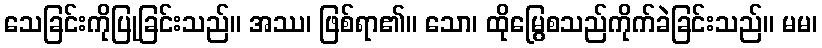
သေခြင်းကိုပြုခြင်းသည်။ အဿ၊ ဖြစ်ရာ၏။ သော၊ ထိုမြွေစသည်ကိုက်ခဲခြင်းသည်။ မမ၊